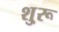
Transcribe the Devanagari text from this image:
शु्रू